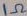
Text: 1Ω